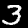
Label: 3